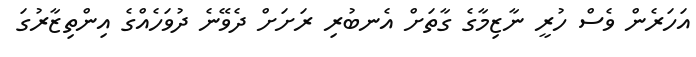
އަހަރެން ވެސް ހުރީ ނާޒިމާގެ ގާތަށް އެނބުރި ރަށަށް ދެވޭނެ ދުވަހެއްގެ އިންތިޒާރުގަ